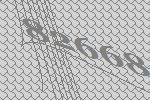
82668